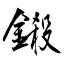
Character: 鎩